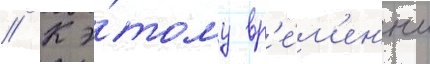
// К э́тому вр'е́м'ен'и